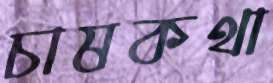
চাষকথা